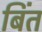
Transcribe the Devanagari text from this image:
बिंत